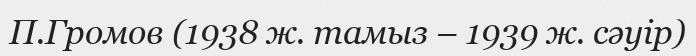
П.Громов (1938 ж. тамыз – 1939 ж. сәуір)